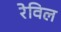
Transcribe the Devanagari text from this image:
रेविल